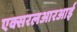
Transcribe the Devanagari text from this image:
एक्सरलआरआर्इ